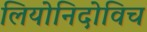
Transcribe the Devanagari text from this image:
लियोनिदोविच